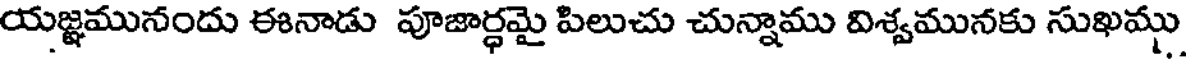
యజ్ఞమునందు ఈనాడు పూజార్ధమై పిలుచు చున్నాము విశ్వమునకు సుఖము